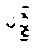
မုဉ္စိ